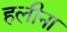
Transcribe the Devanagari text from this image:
हलीना